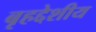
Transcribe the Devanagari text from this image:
बृहद्देशीय